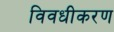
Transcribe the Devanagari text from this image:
विवधीकरण